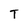
Character: T